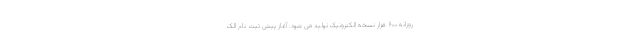
روزانه ۶۰۰ هزار نسخه الکترونیک تولید می شود. آغاز پیش ثبت نام الک